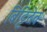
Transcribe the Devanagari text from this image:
बिट्टिदेव